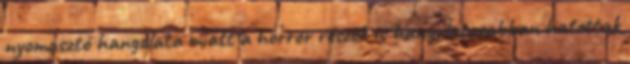
nyomasztó hangulata miatt a horror részek is hangulatosabban hatottak